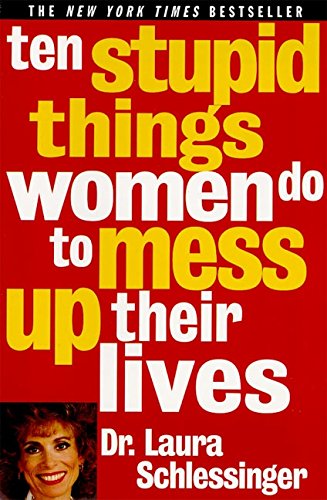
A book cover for Ten Stupid Things Women Do to Mess Up Their Lives; Laura C. Schlessinger; Politics & Social Sciences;